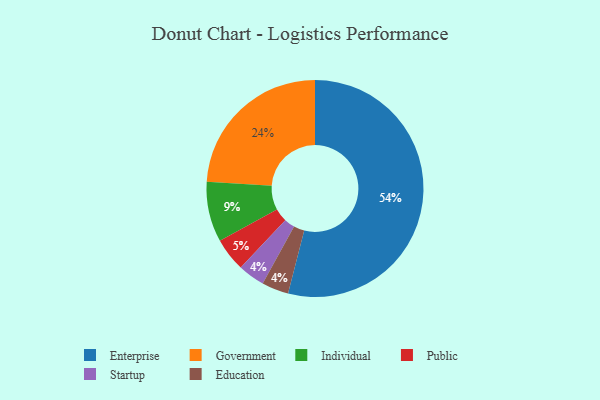
{"axis": {"x": "Category", "y": "Percentage"}, "legend": ["Education", "Enterprise", "Government", "Individual", "Public", "Startup"], "data": [{"x": "Startup", "y": 4, "type": "Startup"}, {"x": "Public", "y": 5, "type": "Public"}, {"x": "Education", "y": 4, "type": "Education"}, {"x": "Government", "y": 24, "type": "Government"}, {"x": "Enterprise", "y": 54, "type": "Enterprise"}, {"x": "Individual", "y": 9, "type": "Individual"}]}